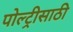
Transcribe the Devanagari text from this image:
पोल्ट्रीसाठी